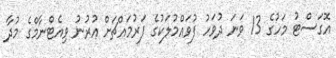
އޮގަސްޓު މަހުގެ 13 ވަނަ ދުވަހު ފުވައްމުލަކުގެ ފަރުމައްޗަށް އުރުނު ވިއެޓްނާމްގެ މުދާ